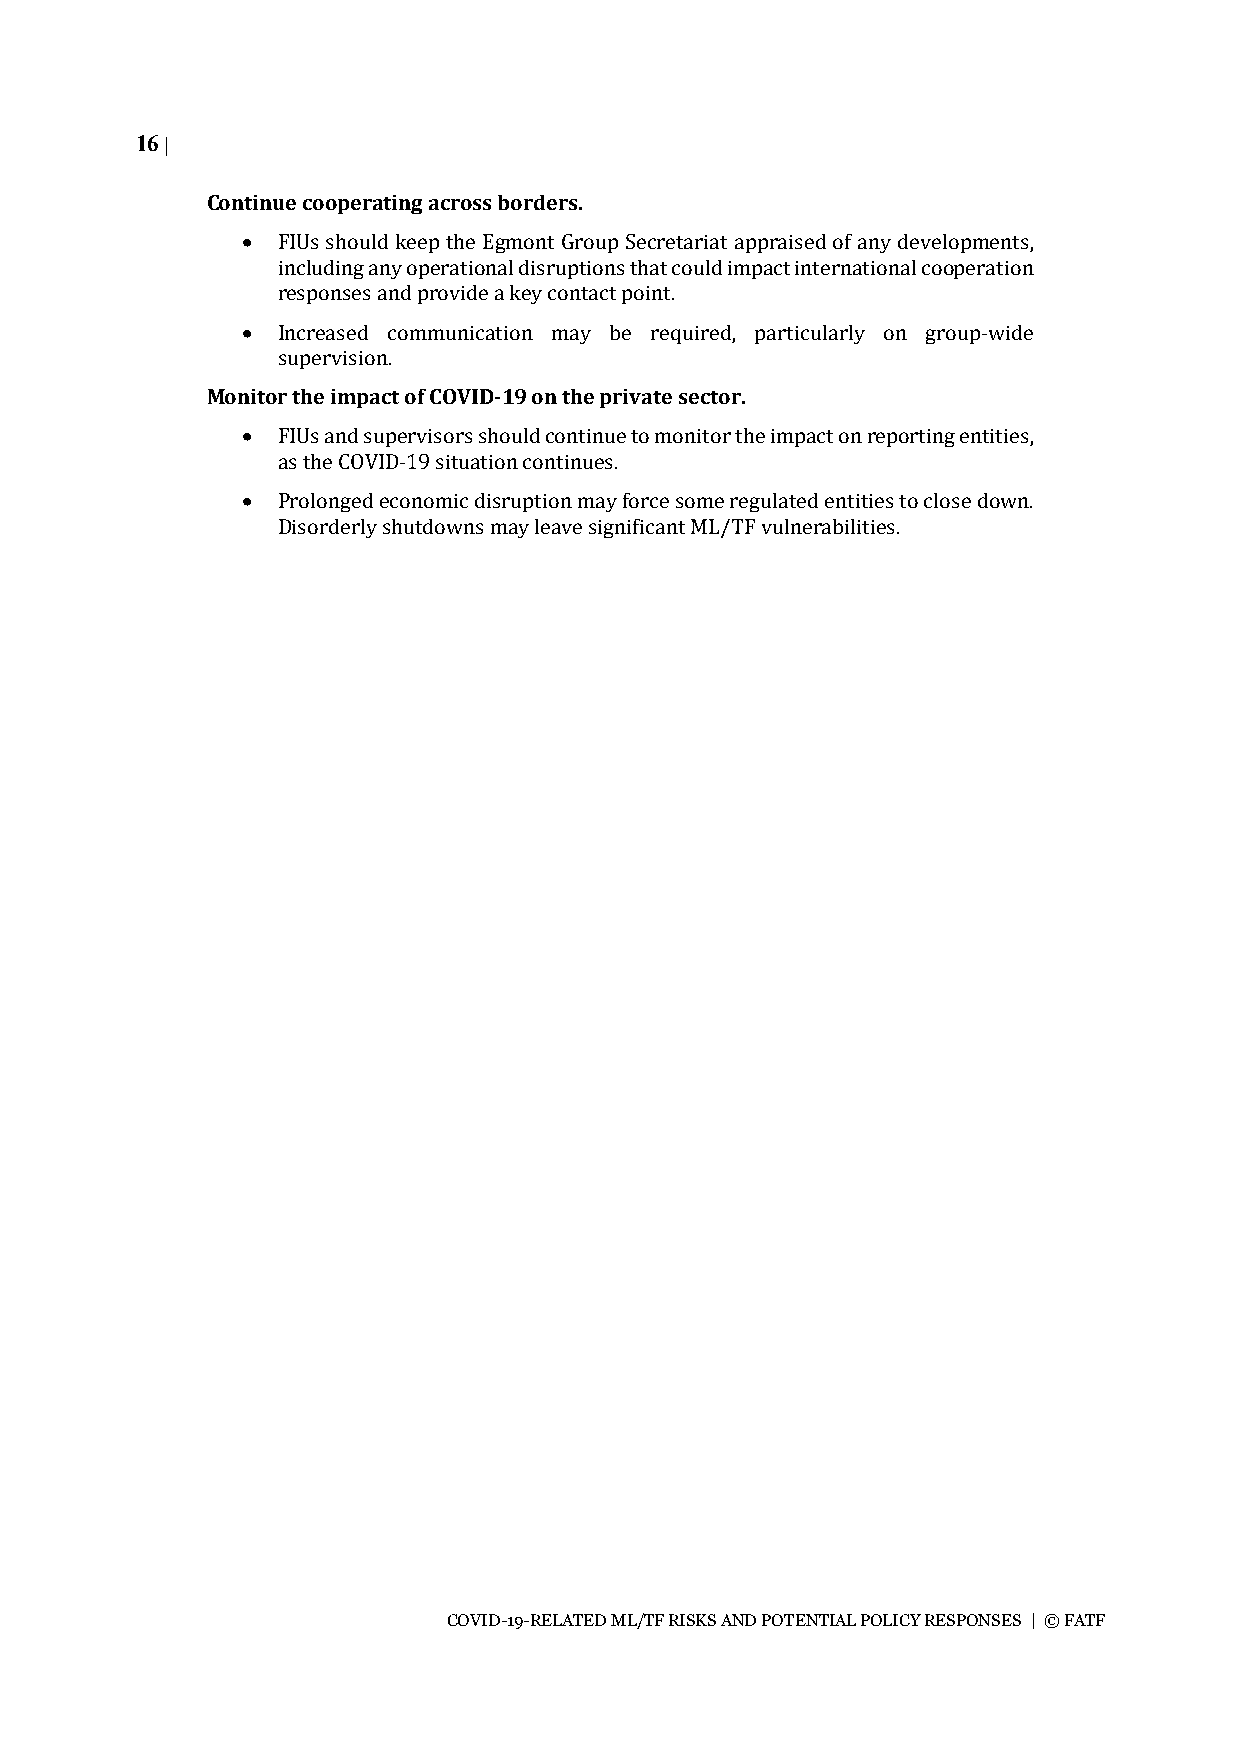
16 |
 Continue cooperating across borders.
 • FIUs should keep the Egmont Group Secretariat appraised of any developments,
 including any operational disruptions that could impact international cooperation
 responses and provide a key contact point.
 • Increased communication may be required, particularly on group-wide
 supervision.
 Monitor the impact of COVID-19 on the private sector.
 • FIUs and supervisors should continue to monitor the impact on reporting entities,
 as the COVID-19 situation continues.
 • Prolonged economic disruption may force some regulated entities to close down.
 Disorderly shutdowns may leave significant ML/TF vulnerabilities.
 COVID-19-RELATED ML/TF RISKS AND POTENTIAL POLICY RESPONSES | © FATF